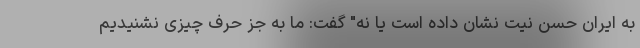
به ایران حسن نیت نشان داده است یا نه" گفت: ما به جز حرف چیزی نشنیدیم